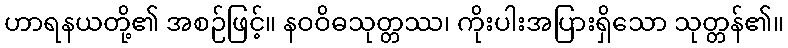
ဟာရနယတို့၏ အစဉ်ဖြင့်။ နဝဝိဓသုတ္တဿ၊ ကိုးပါးအပြားရှိသော သုတ္တန်၏။